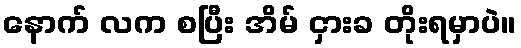
နောက် လက စပြီး အိမ် ငှားခ တိုးရမှာပဲ။